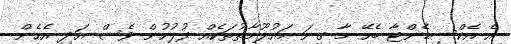
އެ އެކްސިޑެންޓާ ބެހޭ މާ ގިނަ މައުލޫމާތުތަކެއް ފުލުހުން ވެސް އަދި އެހެން